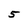
Character: 5